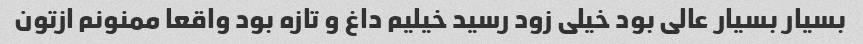
بسیار بسیار عالی بود خیلی زود رسید خیلیم داغ و تازه بود واقعا ممنونم ازتون